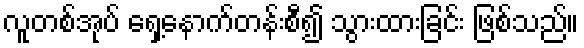
လူတစ်အုပ် ရှေ့နောက်တန်းစီ၍ သွားထားခြင်း ဖြစ်သည်။